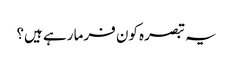
یہ تبصرہ کون فرما رہے ہیں؟